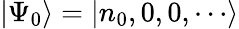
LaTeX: |\Psi_{0}\rangle=|n_{0},0,0,\cdots\rangle